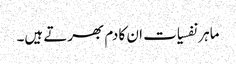
ماہر نفسیات ان کا دم بھرتے ہیں۔